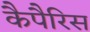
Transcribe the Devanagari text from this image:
कैपैरिस